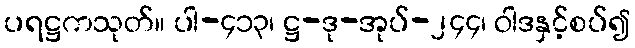
ပရဋ္ဌကသုတ်။ ပါ-၄၁၃၊ ဋ္ဌ-ဒု-အုပ်-၂၄၄၊ ဝါဒနှင့်စပ်၍